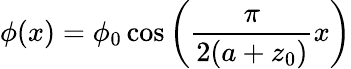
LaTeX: \phi(x)=\phi_{0}\cos\left(\frac{\pi}{2(a+z_{0})}x\right)